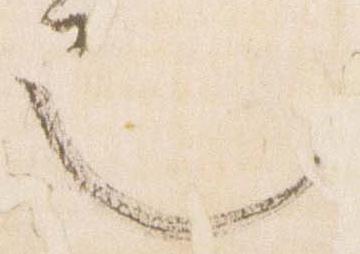
也